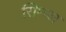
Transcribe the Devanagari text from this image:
सिम्प्ल